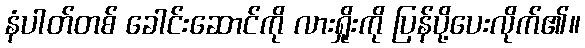
နံပါတ်တစ် ခေါင်းဆောင်ကို လားရှိုးကို ပြန်ပို့ပေးလိုက်၏။